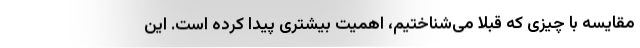
مقایسه با چیزی که قبلا می‌شناختیم، اهمیت بیشتری پیدا کرده است. این